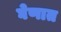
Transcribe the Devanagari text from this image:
घेणात